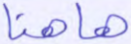
هاهنا